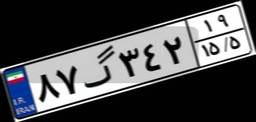
۸۷گ۳۴۲۱۹